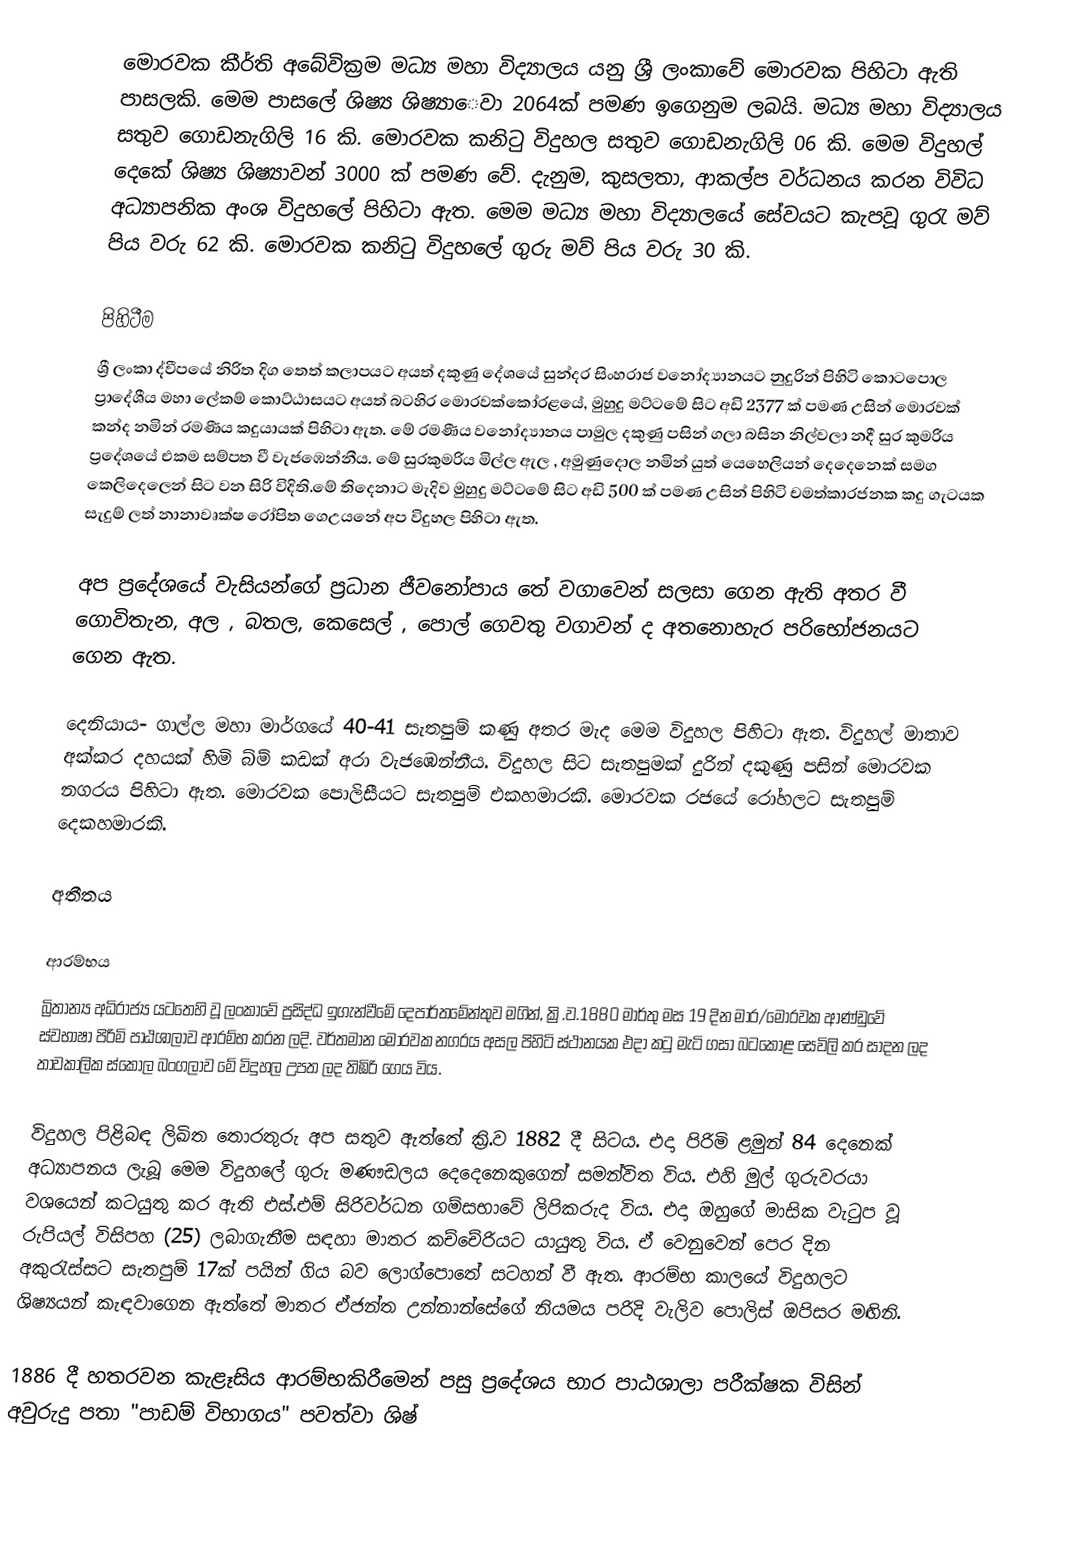
මොරවක කීර්ති අබේවික්‍රම මධ්‍ය මහා විද්‍යාලය යනු ශ්‍රී ලංකාවේ මොරවක පිහිටා ඇති පාසලකි.  මෙම පාසලේ ශිෂ්‍ය ශිෂ්‍යා‍ෙවා 2064ක් පමණ ඉගෙනුම ලබයි. මධ්‍ය මහා විද්‍යාලය සතුව ගොඩනැගිලි 16 කි. මොරවක කනිටු විදුහල සතුව ගොඩනැගිලි 06 කි. මෙම විදුහල් දෙකේ ශිෂ්‍ය ශිෂ්‍යාවන් 3000 ක් පමණ වේ. දැනුම, කුසලතා, ආකල්ප වර්ධනය කරන විවිධ අධ්‍යාපනික අංශ විදුහලේ පිහිටා ඇත. මෙම මධ්‍ය මහා විද්‍යාලයේ සේවයට කැපවූ ගුරැ මව් පිය වරු 62 කි. මොරවක කනිටු විදුහලේ ගුරු මව් පිය වරු 30 කි.

පිහිටීම
ශ්‍රී ලංකා ද්වීපයේ නිරිත දිග තෙත් කලාපයට අයත් දකුණු දේශයේ සුන්දර සිංහරාජ වනෝද්‍යානයට නුදුරින් පිහිටි කොටපොල ප්‍රාදේශීය මහා ලේකම් කොට්ඨාසයට අයත් බටහිර මොරවක්කෝරළයේ, මුහුදු මට්ටමේ සිට අඩි 2377 ක් පමණ උසින් මොරවක් කන්ද නමින් රමණීය කදුයායක් පිහිටා ඇත. මේ රමණීය වනෝද්‍යානය පාමුල දකුණු පසින් ගලා බසින නිල්වලා නදී සුර කුමරිය ප්‍රදේශයේ එකම සම්පත වී වැජඹෙන්නීය. මේ සුරකුමරිය මිල්ල ඇල , අමුණුදොල නමින් යුත් යෙහෙලියන් දෙදෙනෙක් සමග කෙලිදෙලෙන් සිට වන සිරි විදිති.මේ තිදෙනාට මැදිව මුහුදු මට්ටමේ සිට අඩි 500 ක් පමණ උසින් පිහිටි චමත්කාරජනක කදු ගැටයක සැදුම් ලත් නානාවෘක්ෂ රෝපිත ගෙඋයනේ අප විදුහල පිහිටා ඇත.

	අප ප්‍රදේශයේ වැසියන්ගේ ප්‍රධාන ජීවනෝපාය තේ වගාවෙන් සලසා ගෙන ඇති අතර වී ගොවිතැන, අල , බතල, කෙසෙල් , පොල් ගෙවතු වගාවන් ද අතනොහැර පරිභෝජනයට ගෙන ඇත.

	දෙනියාය- ගාල්ල මහා මාර්ගයේ 40-41 සැතපුම් කණු අතර මැද මෙම විදුහල පිහිටා ඇත. විදුහල් මාතාව අක්කර දහයක් හිමි බ්ම් කඩක් අරා වැජඹෙන්නීය. විදුහල සිට සැතපුමක් දුරින් දකුණු පසින් මොරවක නගරය පිහිටා ඇත. මොරවක පොලිසීයට සැතපුම් එකහමාරකි. මොරවක රජයේ රෝහලට සැතපුම් දෙකහමාරකි.

අතීතය

ආරම්භය
බ්‍රිතාන්‍ය අධිරාජ්‍ය යටතෙහි වූ ලංකාවේ ප්‍රසිද්ධ ඉගැන්වීමේ දෙපාර්තමේන්තුව මගින්, ක්‍රි.ව.1880 මාර්තු මස 19 දින මාර/මොරවක ආණ්ඩුවේ ස්වභාෂා පිරිමි පාඨශාලාව ආරම්භ කරන ලදි. වර්තමාන මොරවක නගරය අසල පිහිටි ස්ථානයක එදා කටු මැටි ගසා බටකොළ සෙවිලි කර සාදන ලද තාවකාලික ස්කෝල බංගලාව  මේ විදුහල උපත ලද තිඹිරි ගෙය විය.

විදුහල පිළිබඳ ලිඛිත තොරතුරු අප සතුව ඇත්තේ ක්‍රි.ව 1882 දී සිටය. එදා පිරිමි ළමුන් 84 දෙනෙක් අධ්‍යාපනය ලැබූ මෙම විදුහලේ ගුරු මණෟඩලය දෙදෙනෙකුගෙන් සමන්විත විය. එහි මුල් ගුරුවරයා වශයෙන් කටයුතු කර ඇති එස්.එම් සිරිවර්ධන ගම්සභාවේ ලිපිකරුද විය. එදා ඔහුගේ මාසික වැටුප වූ රුපියල් විසිපහ (25) ලබාගැනීම සඳහා මාතර කච්චේරියට යායුතු විය. ඒ වෙනුවෙන් පෙර දින අකුරැස්සට සැතපුම් 17ක් පයින් ගිය බව ලොග්පොතේ සටහන් වී ඇත. ආරම්භ කාලයේ විදුහලට ශිෂ්‍යයන් කැඳවාගෙන ඇත්තේ මාතර ඒජන්ත උන්නාන්සේගේ නියමය පරිදි වැලිව පොලිස් ඔපිසර මඟිනි.

1886 දී හතරවන කැළෑසිය ආරම්භකිරීමෙන් පසු ප්‍රදේශය භාර පාඨශාලා පරීක්ෂක විසින් අවුරුදු පතා "පාඩම් විභාගය" පවත්වා ශිෂ්